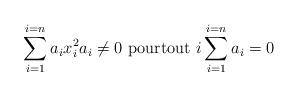
LaTeX: \begin{align*}\sum\limits_{i=1}^{i=n}a_{i}x_{i}^{2}a_{i}\neq 0\text{ pourtout }i\sum\limits_{i=1}^{i=n}a_{i}=0 \end{align*}